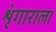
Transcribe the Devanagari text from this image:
शृंगाराला